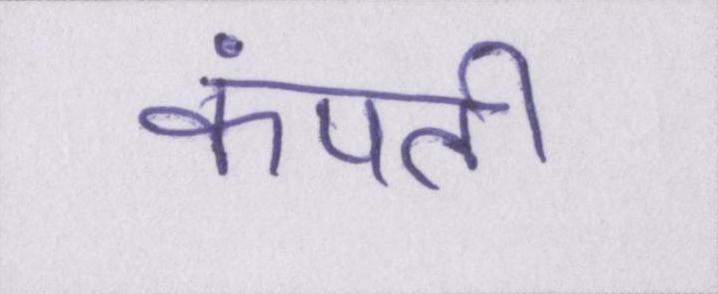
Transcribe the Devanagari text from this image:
कंपती